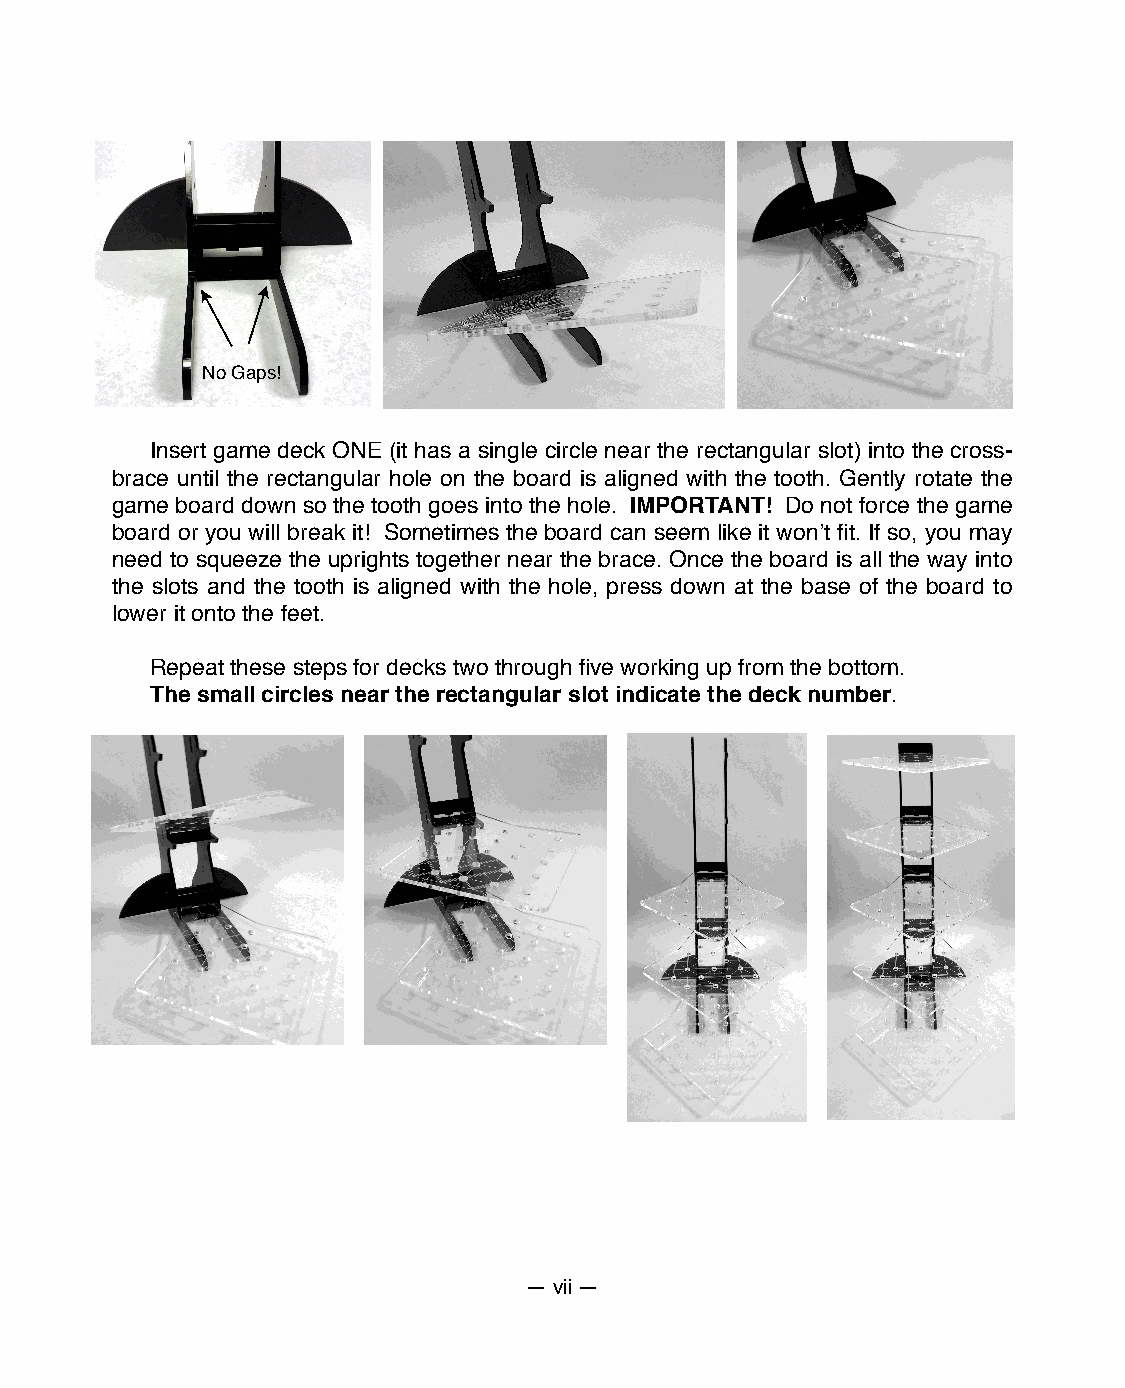
No Gaps!
 Insert game deck ONE (it has a single circle near the rectangular slot) into the cross-
 brace until the rectangular hole on the board is aligned with the tooth. Gently rotate the
 game board down so the tooth goes into the hole. IMPORTANT! Do not force the game
 board or you will break it! Sometimes the board can seem like it wonʼt fit. If so, you may
 need to squeeze the uprights together near the brace. Once the board is all the way into
 the slots and the tooth is aligned with the hole, press down at the base of the board to
 lower it onto the feet.
 Repeat these steps for decks two through five working up from the bottom.
 The small circles near the rectangular slot indicate the deck number.
 — vii —